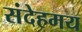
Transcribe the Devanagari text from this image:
संदेहमय